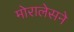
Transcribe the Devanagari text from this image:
मोरालेसने